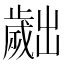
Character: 𣦧